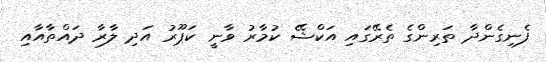
ފެނިގެންދާ ތަރިންގެ ތެރޭގައި އަކްޝޭ ކުމާރު ވާނީ ކަޕޫރު އަދި ލާރާ ދައްތާއާއި